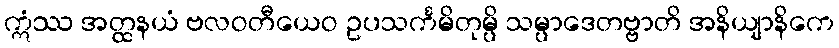
ဣံဿ အတ္ထနယံ ဗလဝတီယေဝ ဥပသင်္ကမိတုမ္ပိ သမ္ပာဒေတဗ္ဗာတိ အနိယျာနိကေ